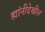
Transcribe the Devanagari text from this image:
ह्यांनीदेखील